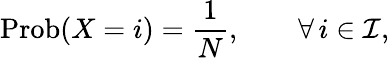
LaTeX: \operatorname{Prob}(X=i)=\frac{1}{N},\qquad\forall\, i\in\mathcal{I},